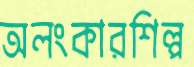
অলংকারশিল্প